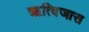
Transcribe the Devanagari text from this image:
ऋत्विजास